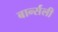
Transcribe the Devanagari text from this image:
बार्न्सली